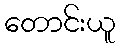
တောင်းယူ